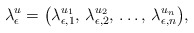
\begin{align*} \lambda_{\epsilon}^{u} = \bigl(\lambda_{\epsilon,1}^{u_1},\, \lambda_{\epsilon,2}^{u_2},\, \ldots, \,\lambda_{\epsilon,n}^{u_n}\bigr), \end{align*}